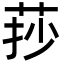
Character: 莏